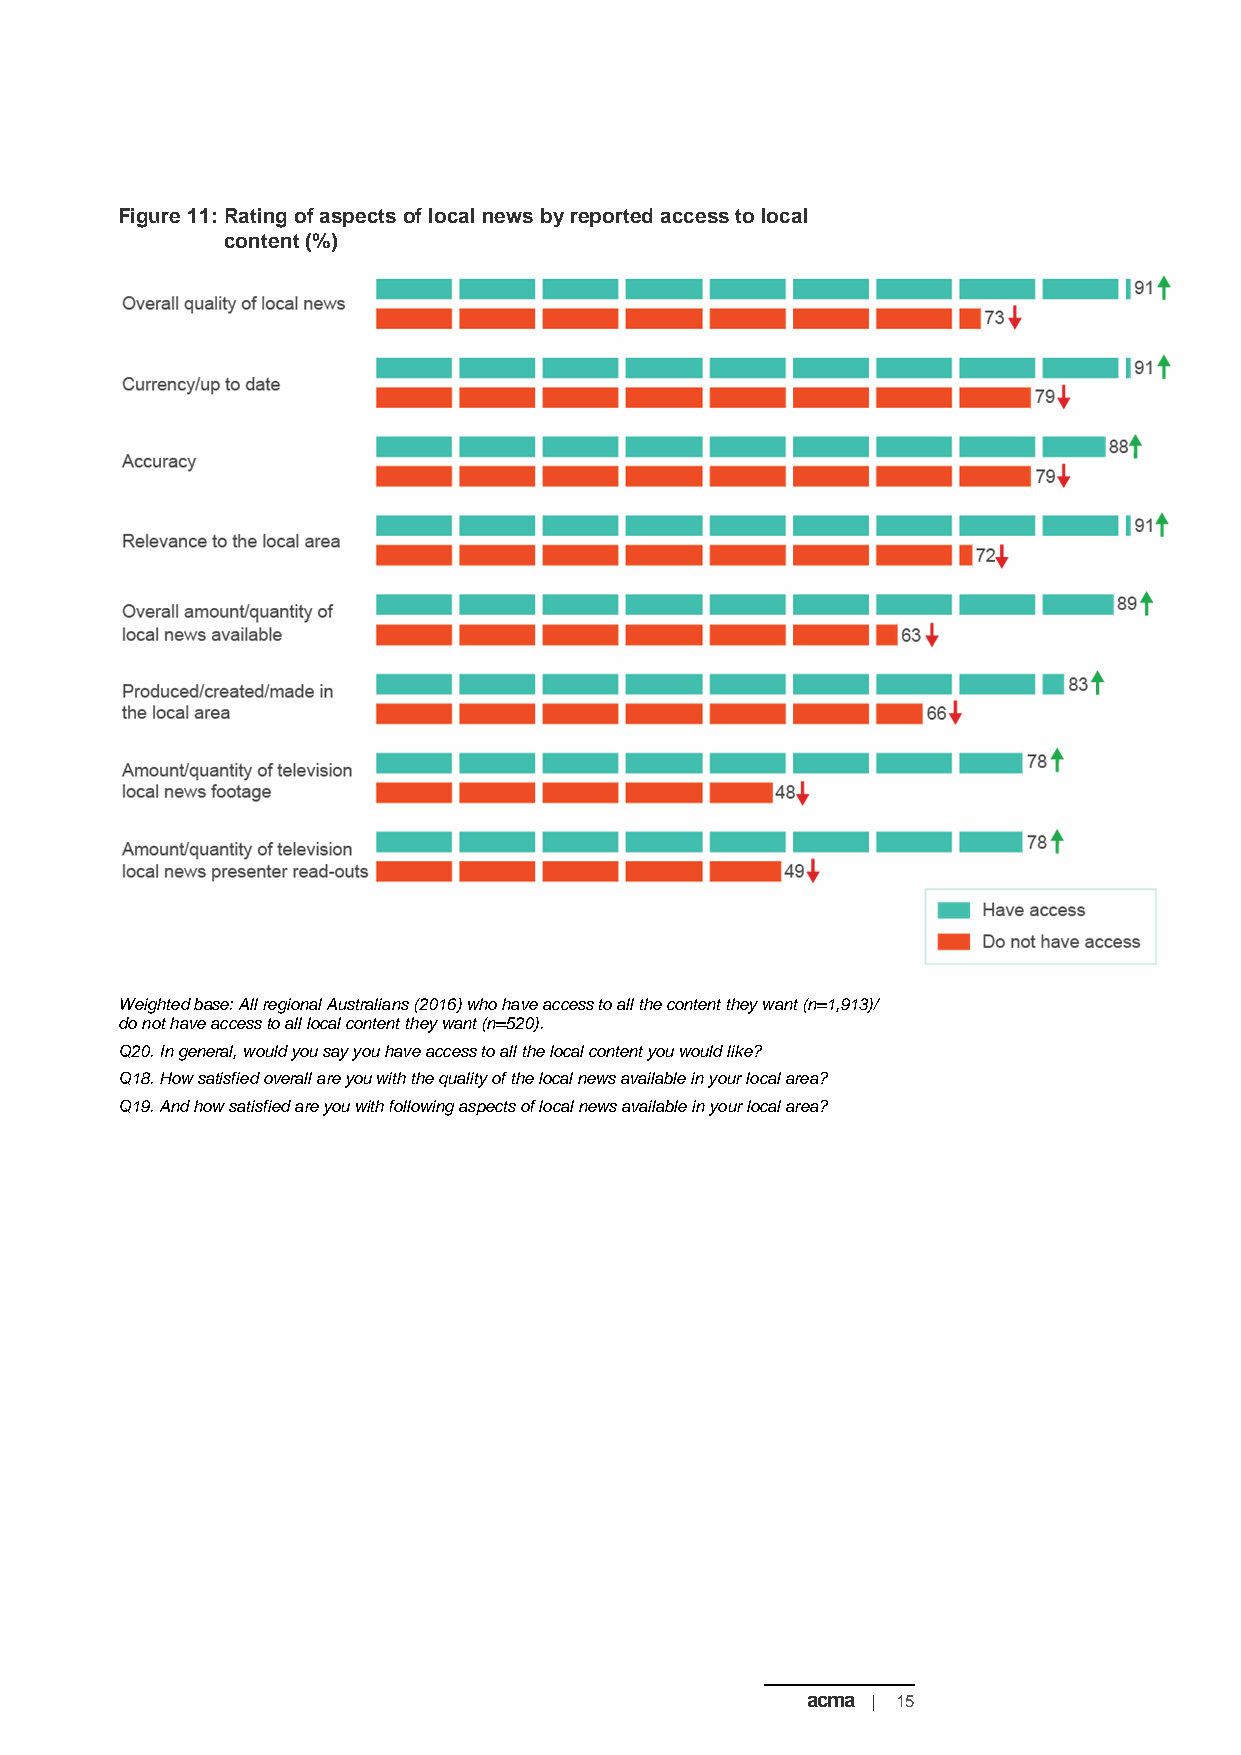
Figure 11: Rating of aspects of local news by reported access to local
 content (%)
 Weighted base: All regional Australians (2016) who have access to all the content they want (n=1,913)/
 do not have access to all local content they want (n=520).
 Q20. In general, would you say you have access to all the local content you would like?
 Q18. How satisfied overall are you with the quality of the local news available in your local area?
 Q19. And how satisfied are you with following aspects of local news available in your local area?
 acma | 15